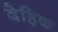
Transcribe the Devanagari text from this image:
देहिक